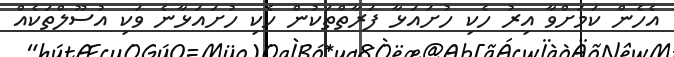
އެހެން ކަމަށްވާ އިރު ހެކި ހުށައަޅާ ފަރާތްތަކުން ހެކި ހުށައަޅާނެ ވަކި އުސޫލްތަކެއް